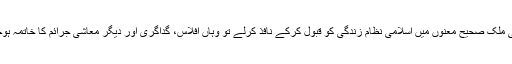
اگر کوئی ملک صحیح معنوں میں اسلامی نظامِ زندگی کو قبول کرکے نافذ کرلے تو وہاں افلاس، گداگری اور دیگر معاشی جرائم کا خاتمہ ہوجائے گا۔